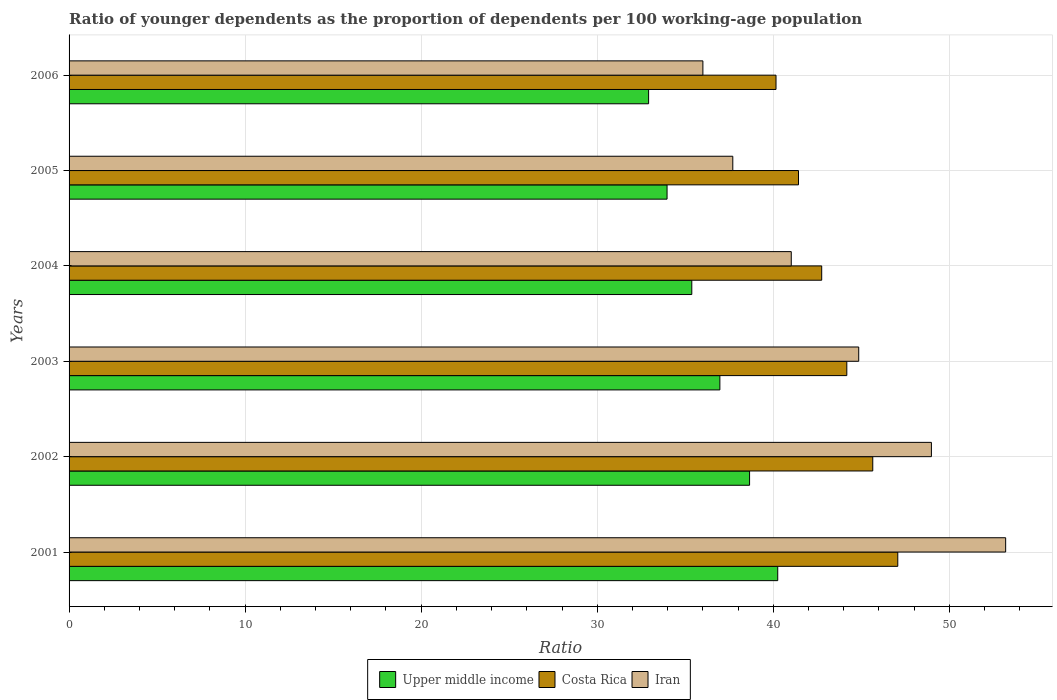
| Years | Upper middle income | Costa Rica | Iran |
 | --- | --- | --- | --- |
 | 2001 | 40.3 | 47.1 | 53.2 |
 | 2002 | 38.7 | 45.7 | 49 |
 | 2003 | 37 | 44.2 | 44.9 |
 | 2004 | 35.4 | 42.8 | 41 |
 | 2005 | 34 | 41.4 | 37.7 |
 | 2006 | 32.9 | 40.2 | 36 |